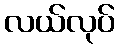
လယ်လုပ်